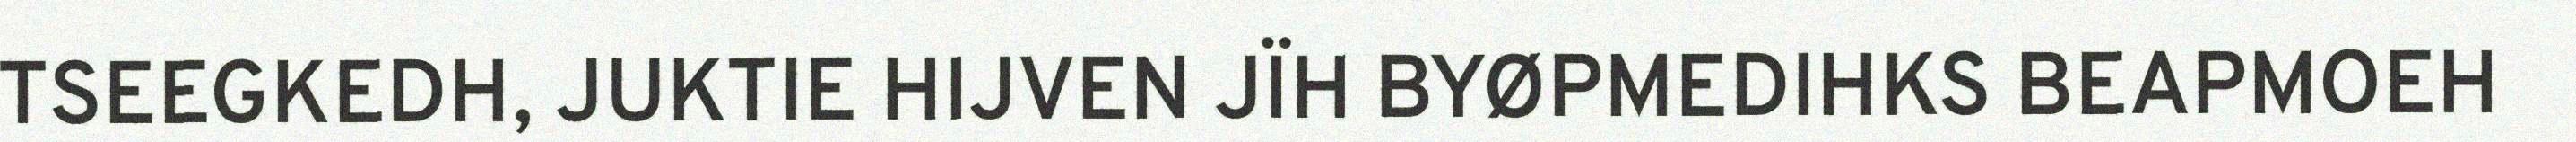
TSEEGKEDH, JUKTIE HIJVEN JÏH BYØPMEDIHKS BEAPMOEH